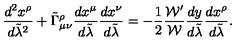
{ \frac { d ^ { 2 } x ^ { \rho } } { d \tilde { \lambda } ^ { 2 } } } + \tilde { \Gamma } _ { \mu \nu } ^ { \rho } { \frac { d x ^ { \mu } } { d \tilde { \lambda } } } { \frac { d x ^ { \nu } } { d \tilde { \lambda } } } = - { \frac { 1 } { 2 } } { \frac { { \cal W } ^ { \prime } } { \cal W } } { \frac { d y } { d \tilde { \lambda } } } { \frac { d x ^ { \rho } } { d \tilde { \lambda } } } .